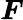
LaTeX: \boldsymbol{F}